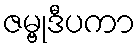
ဇမ္ဗုဒီပကာ